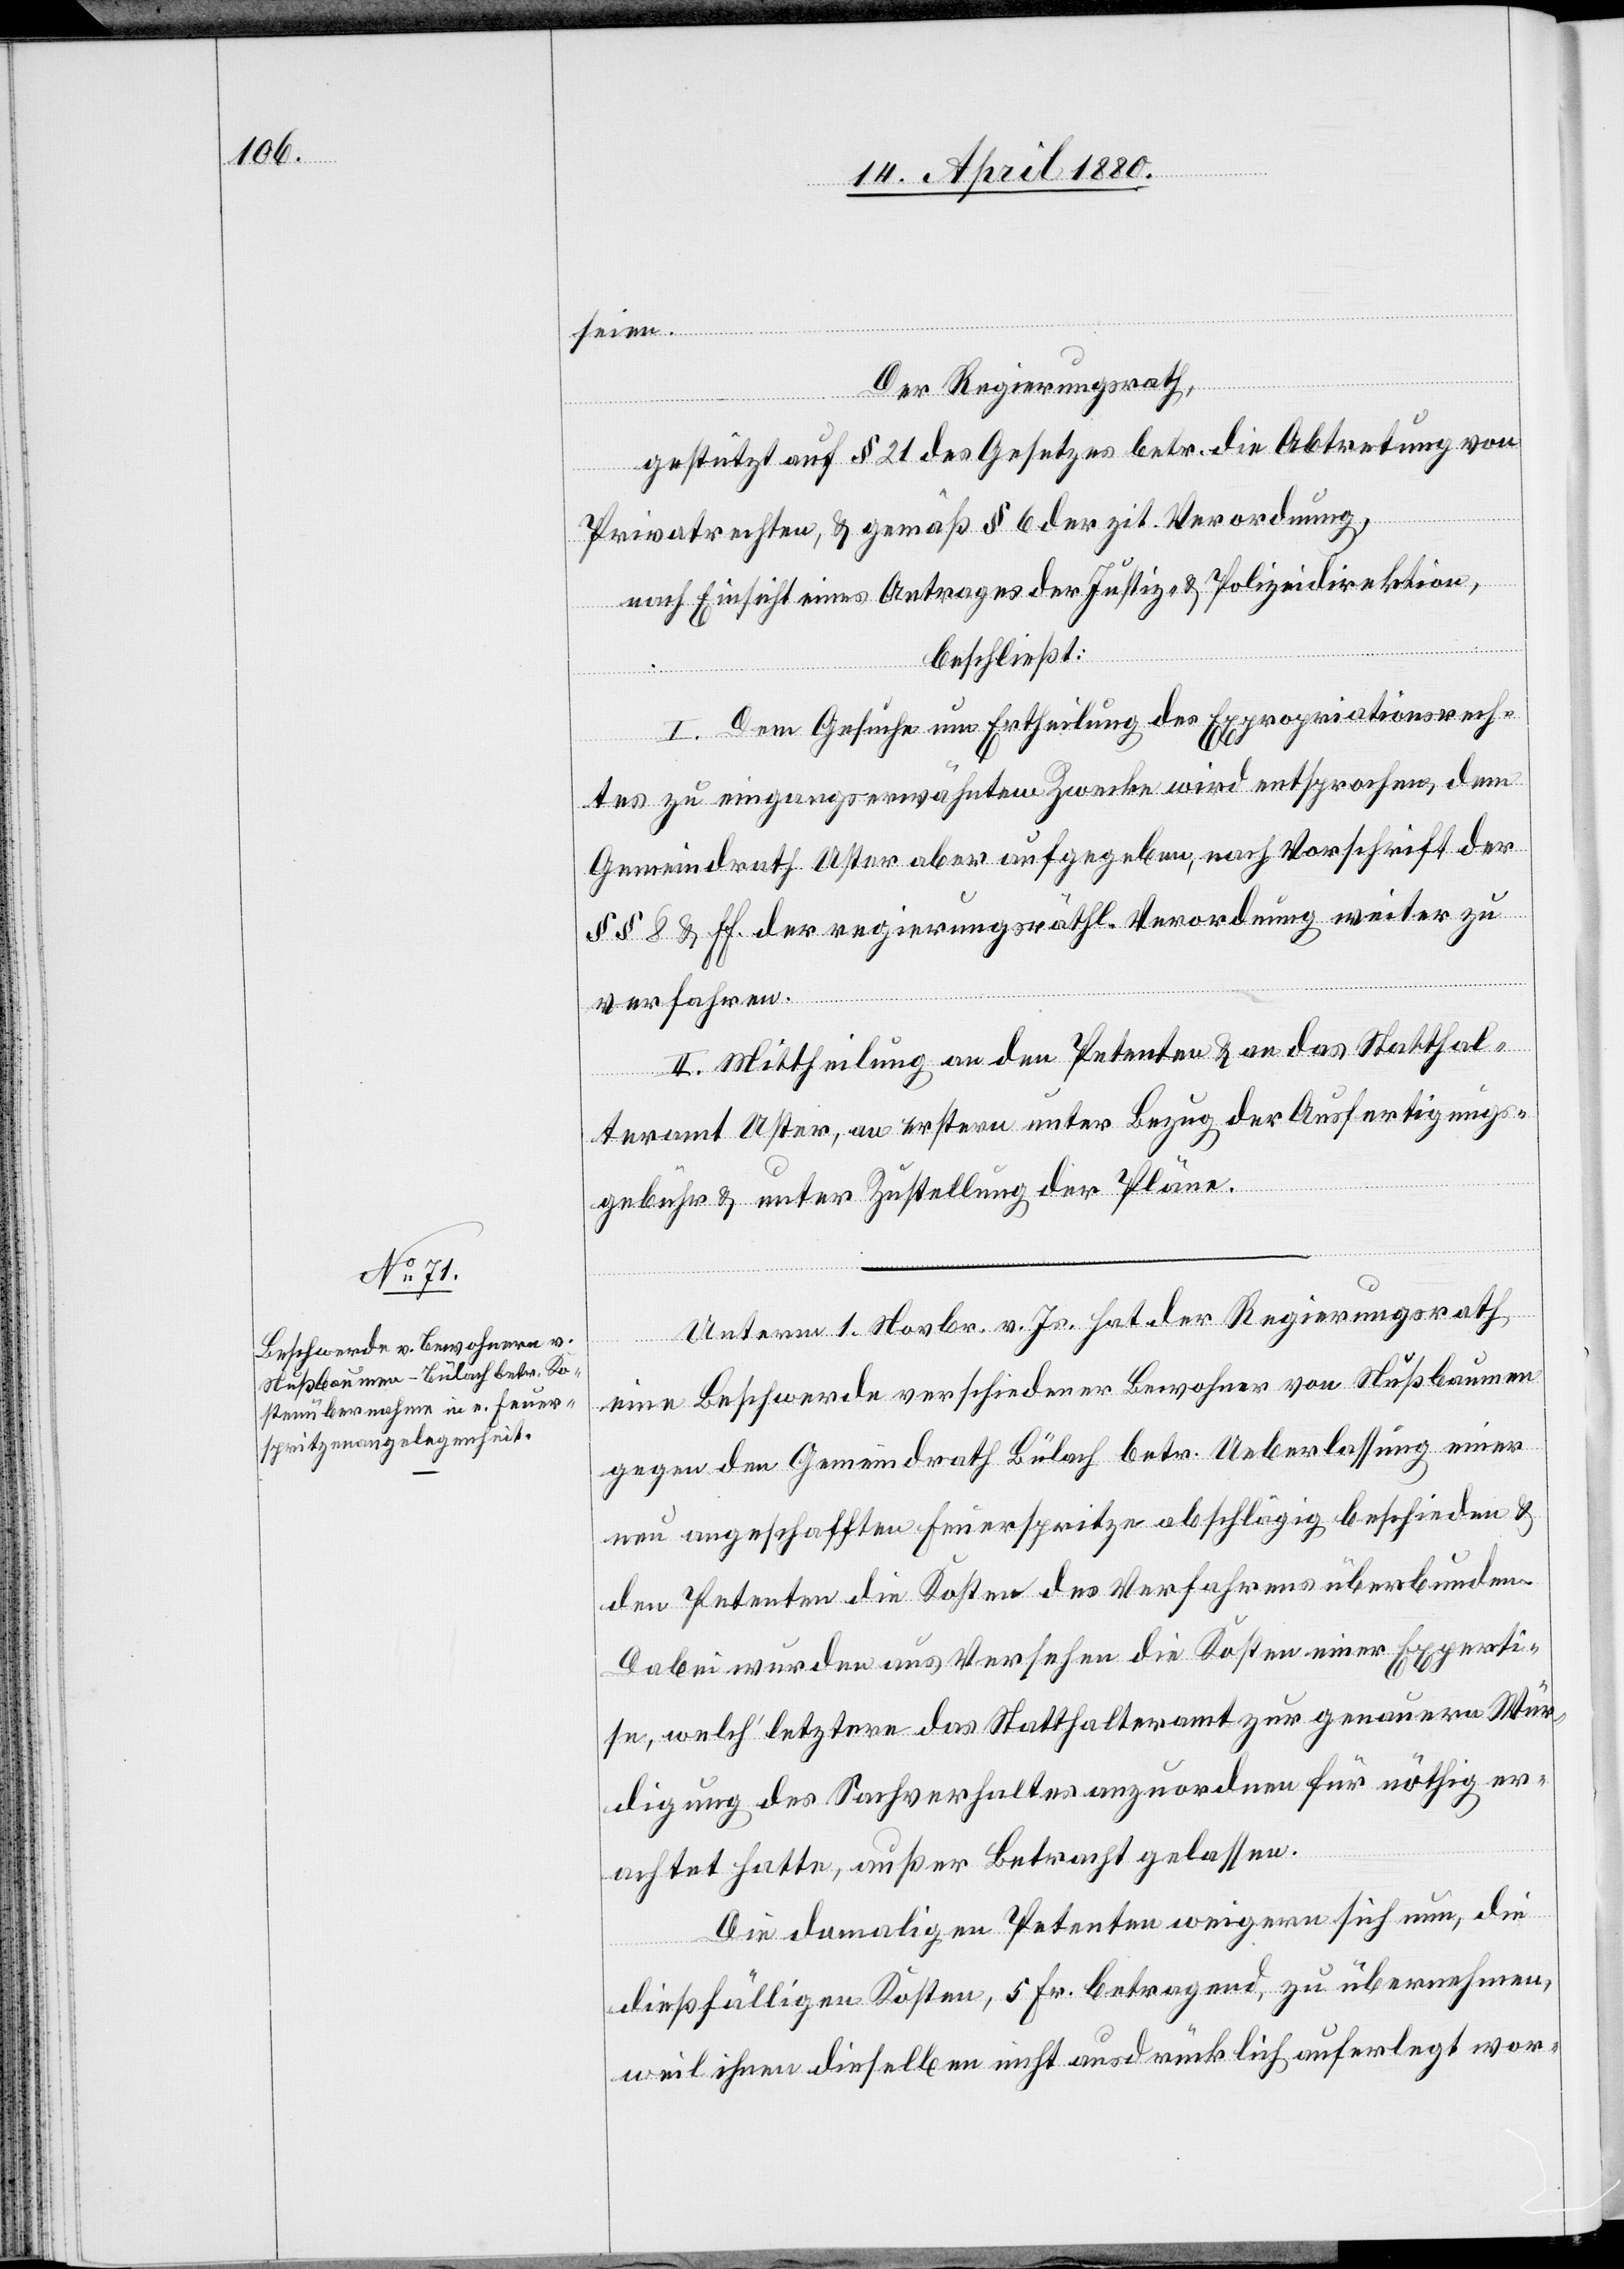
seien.
Der Regierungsrath,
gestützt auf § 21 des Gesetzes betr. die Abtretung von
Privatrechten, & gemäß § 6 der zit. Verordnung,
nach Einsicht eines Antrages der Justiz- & Polizeidirektion,
beschließt:
I. Dem Gesuche um Ertheilung des Expropriationsrech¬
tes zu eingangserwähntem Zwecke wird entsprochen, dem
Gemeindrath Uster aber aufgegeben, nach Vorschrift der
§§ 8 & ff. der regierungsräthl. Verordnung weiter zu
verfahren.
II. Mittheilung an den Petenten & an das Statthal¬
teramt Uster, an erstern unter Bezug der Ausfertigung¬
s¬
gebühr & unter Zustellung der Pläne.
Unterm 1. Novbr. v. Js. hat der Regierungsrath
eine Beschwerde verschiedener Bewohner von Nußbaumen
gegen den Gemeindrath Bülach betr. Ueberlassung einer
neu angeschafften Feuerspritze abschlägig beschieden &
den Petenten die Kosten des Verfahrens überbunden.
Dabei wurden aus Versehen die Kosten einer Experti¬
se, welch‘ letztere das Statthalteramt zur genauern Wür¬
digung des Sachverhaltes anzuordnen für nöthig er¬
achtet hatte, außer Betracht gelassen.
Die damaligen Petenten weigern sich nun, die
dießfälligen Kosten, 5 Fr. betragend, zu übernehmen,
weil ihnen dieselben nicht ausdrücklich auferlegt wor-